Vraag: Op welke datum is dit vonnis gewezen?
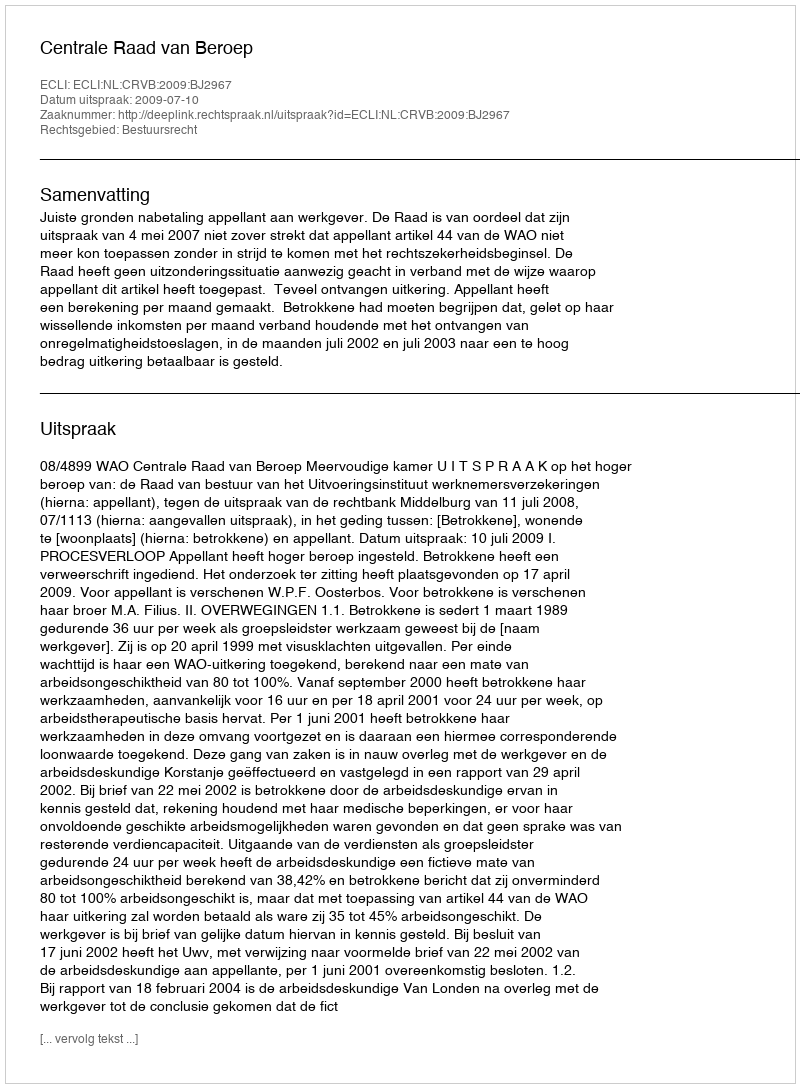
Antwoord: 2009-07-10